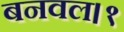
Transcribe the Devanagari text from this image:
बनवल।१